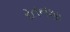
રતનશા